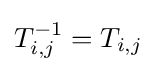
T_{i,j}^{-1}=T_{i,j}